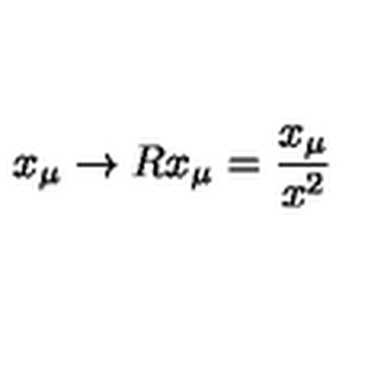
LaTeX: x _ { \mu } \to R x _ { \mu } = \frac { x _ { \mu } } { x ^ { 2 } }